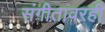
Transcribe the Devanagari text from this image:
संगीतावरही